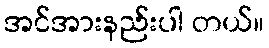
အင်အားနည်းပါ တယ်။